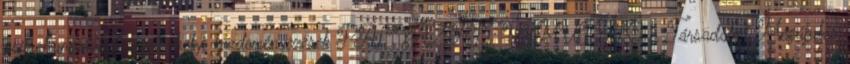
összehangolását segítő helyi kezdeményezések PÁLYÁZATI ÚTMUTATÓ a Társadalmi Megújulás